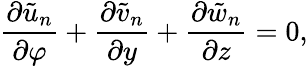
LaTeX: \frac{\partial\tilde{u}_{n}}{\partial\varphi}+\frac{\partial\tilde{v}_{n}}{\partial y}+\frac{\partial\tilde{w}_{n}}{\partial z}=0,